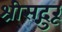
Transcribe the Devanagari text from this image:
श्रीसद्गुरू